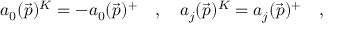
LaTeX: a _ { 0 } ( \vec { p } ) ^ { K } = - a _ { 0 } ( \vec { p } ) ^ { + } \quad , \quad a _ { j } ( \vec { p } ) ^ { K } = a _ { j } ( \vec { p } ) ^ { + } \quad ,